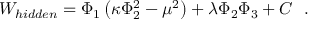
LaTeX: W _ { h i d d e n } = \Phi _ { 1 } \left( \kappa \Phi _ { 2 } ^ { 2 } - \mu ^ { 2 } \right) + \lambda \Phi _ { 2 } \Phi _ { 3 } + C ~ ~ .